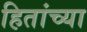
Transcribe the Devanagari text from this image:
हितांच्या